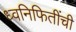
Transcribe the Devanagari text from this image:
ध्वनिफितींची